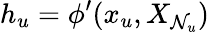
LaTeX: h_{u}=\phi^{\prime}(x_{u},X_{\mathcal{N}_{u}})